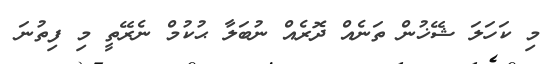
މި ކަހަލަ ޝޭޚުން ތަނެއް ދޮރެއް ނުބަލާ ޙުކުމް ނެރޭތީ މި ފިތުނަ